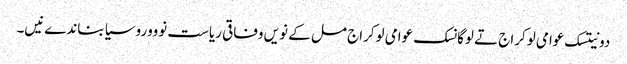
دونیتسک عوامی لوکراج تے لوگانسک عوامی لوکراج مل کے نویں وفاقی ریاست نوووروسیا بناندےنیں۔